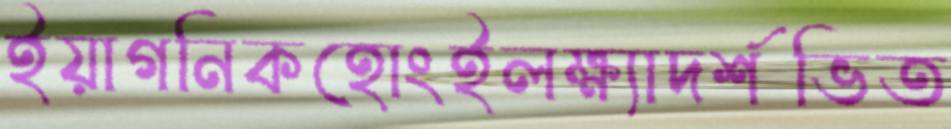
ইয়াগনিকহোংইলক্ষ্যাদর্শভিত